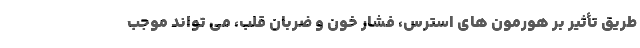
طریق تأثیر بر هورمون های استرس، فشار خون و ضربان قلب، می تواند موجب